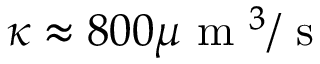
\kappa \approx 8 0 0 \mu \mathrm { ~ m ~ } ^ { 3 } / \mathrm { ~ s ~ }